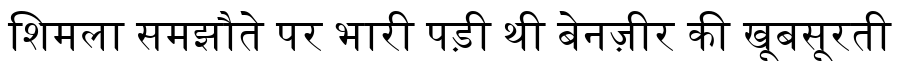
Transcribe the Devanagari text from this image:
शिमला समझौते पर भारी पड़ी थी बेनज़ीर की खूबसूरती